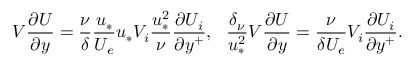
V \frac { \partial U } { \partial y } = \frac { \nu } { \delta } \frac { u _ { * } } { U _ { e } } u _ { * } V _ { i } \frac { u _ { * } ^ { 2 } } { \nu } \frac { \partial U _ { i } } { \partial y ^ { + } } , \ \ \frac { \delta _ { \nu } } { u _ { * } ^ { 2 } } V \frac { \partial U } { \partial y } = \frac { \nu } { \delta U _ { e } } V _ { i } \frac { \partial U _ { i } } { \partial y ^ { + } } .